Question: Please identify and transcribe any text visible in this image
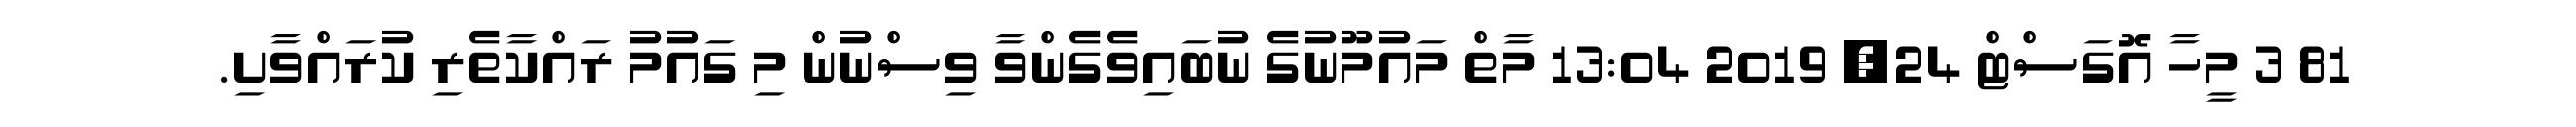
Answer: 81 3 މީހާ އޮގަސްޓް 24, 2019 13:04 މާތް މައުމޫނުގެ ނުބައިވެގެންވާ ވިސްނުން މި ގައުމު ރައްކާތެރި ކުރައްވާށި.